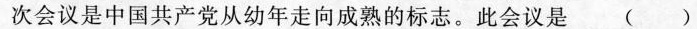
次会议是中国共产党从幼年走向成熟的标志。此会议是()